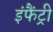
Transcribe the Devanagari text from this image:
इंफैंट्री